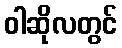
ဝါဆိုလတွင်